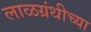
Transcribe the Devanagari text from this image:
लाळग्रंथीच्या